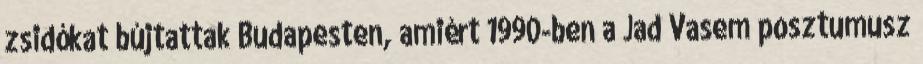
zsidókat bújtattak Budapesten, amiért 1990-ben a Jad Vasem posztumusz